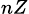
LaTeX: _{nZ}